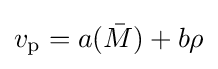
v_{\mathrm {p} }=a({\bar {M}})+b\rho